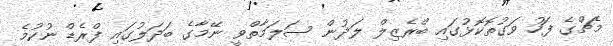
މެޗްގެ ފަހު ވަގުތޮކޮޅުގައި ބްރެޒިލް ލަދުން ސަލަމާތްވީ ނޭމާގެ ބަދަލުގައި ފްރެޑް ނުކުމެ